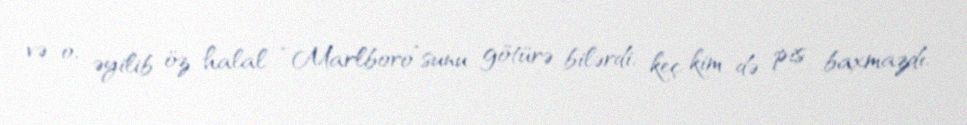
və o, əyilib öz halal “Marlboro”sunu götürə bilərdi, keç kim də pis baxmazdı.